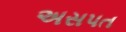
અસપત